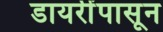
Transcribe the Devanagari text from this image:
डायरींपासून